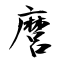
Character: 麿